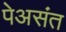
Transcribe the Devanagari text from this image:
पेअसंत